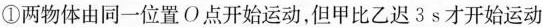
①两物体由同一位置O点开始运动但甲比乙迟3s才开始运动